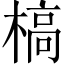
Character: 槁